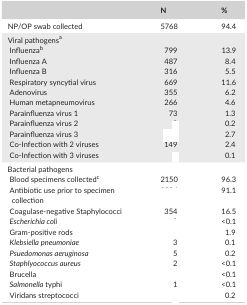
<table><thead><tr><td>[EMPTY_CELL]</td><td><b>N</b></td><td><b>%</b></td></tr></thead><tbody><tr><td>NP/OP swab collected</td><td>5768</td><td>94.4</td></tr><tr><td colspan="3">Viral pathogensa</td></tr><tr><td> Influenzab</td><td>799</td><td>13.9</td></tr><tr><td> Influenza A</td><td>487</td><td>8.4</td></tr><tr><td> Influenza B</td><td>316</td><td>5.5</td></tr><tr><td> Respiratory syncytial virus</td><td>669</td><td>11.6</td></tr><tr><td> Adenovirus</td><td>355</td><td>6.2</td></tr><tr><td> Human metapneumovirus</td><td>266</td><td>4.6</td></tr><tr><td> Parainfluenza virus 1</td><td>73</td><td>1.3</td></tr><tr><td> Parainfluenza virus 2</td><td>[EMPTY_CELL]</td><td>0.2</td></tr><tr><td> Parainfluenza virus 3</td><td>[EMPTY_CELL]</td><td>2.7</td></tr><tr><td> Co‐Infection with 2 viruses</td><td>149</td><td>2.4</td></tr><tr><td> Co‐Infection with 3 viruses</td><td>[EMPTY_CELL]</td><td>0.1</td></tr><tr><td colspan="3">Bacterial pathogens</td></tr><tr><td> Blood specimens collectedc</td><td>2150</td><td>96.3</td></tr><tr><td> Antibiotic use prior to specimen collection</td><td>[EMPTY_CELL]</td><td>91.1</td></tr><tr><td> Coagulase‐negative Staphylococci</td><td>354</td><td>16.5</td></tr><tr><td> <i>Escherichia coli</i></td><td>[EMPTY_CELL]</td><td>&lt;0.1</td></tr><tr><td> Gram‐positive rods</td><td>[EMPTY_CELL]</td><td>1.9</td></tr><tr><td> <i>Klebsiella pneumoniae</i></td><td>3</td><td>0.1</td></tr><tr><td> <i>Psuedomonas aeruginosa</i></td><td>5</td><td>0.2</td></tr><tr><td> <i>Staphlyococcus aureus</i></td><td>2</td><td>&lt;0.1</td></tr><tr><td> Brucella</td><td>[EMPTY_CELL]</td><td>&lt;0.1</td></tr><tr><td> <i>Salmonella</i> typhi</td><td>1</td><td>&lt;0.1</td></tr><tr><td> Viridans streptococci</td><td>[EMPTY_CELL]</td><td>0.2</td></tr></tbody></table>